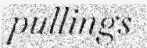
pullings